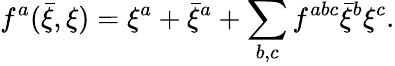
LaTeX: f^{a}({\bar{\xi}},\xi)=\xi^{a}+{\bar{\xi}}^{a}+\sum_{b,c}f^{abc}{\bar{\xi}}^{b}\xi^{c}.